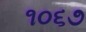
૧૦૬૭